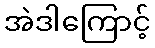
အဲဒါကြောင့်